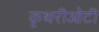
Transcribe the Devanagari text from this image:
कृथरीओटी